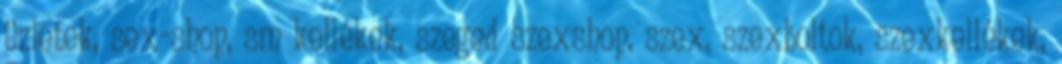
üzletek, sex-shop, sm kellékek, szeged szexshop, szex, szexboltok, szexkellékek,